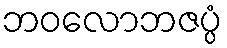
ဘဝလောဘဇပ္ပံ